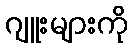
ဂျူးများကို